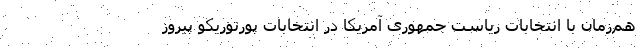
هم‌زمان با انتخابات ریاست جمهوری آمریکا در انتخابات پورتوریکو پیروز